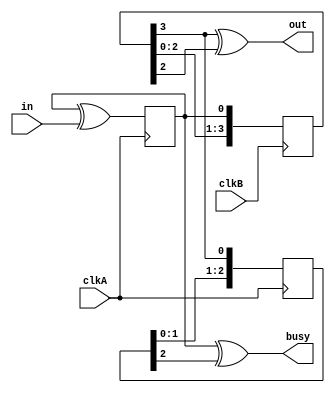
module flag_cdc(
    input clkA,
    input clkB,
    input in,
    output out,
    output busy
    );
    reg toggleA = 1'b0;;
    always @(posedge clkA) toggleA <= toggleA ^ in;
    reg [3:0] syncA = 4'b0;
    always @(posedge clkB) syncA <= {syncA[2:0], toggleA};
    reg [2:0] syncB = 2'b0;
    always @(posedge clkA) syncB <= {syncB[1:0], syncA[3]};
    assign out = (syncA[3] ^ syncA[2]);
    assign busy = (toggleA ^ syncB[2]);
endmodule